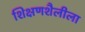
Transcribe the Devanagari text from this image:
शिक्षणशैलीला